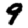
Digit: 9